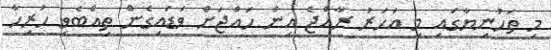
މި ތަހުނިޔާގައި މި އަހަރު ރާއްޖެ އިން ހައްޖަށް ވަޑައިގެން ތިއްބެވި ހުރިހާ